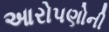
આરોપણોની